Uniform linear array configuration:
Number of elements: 24
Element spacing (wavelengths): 1
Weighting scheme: blackman
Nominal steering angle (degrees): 45
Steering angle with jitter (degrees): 43.58
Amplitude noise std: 0.05
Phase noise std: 0.05

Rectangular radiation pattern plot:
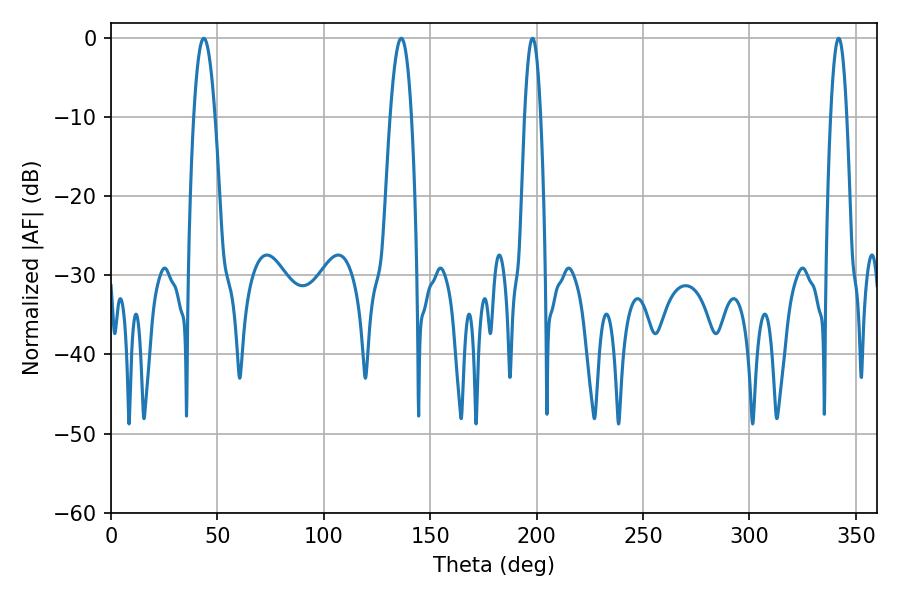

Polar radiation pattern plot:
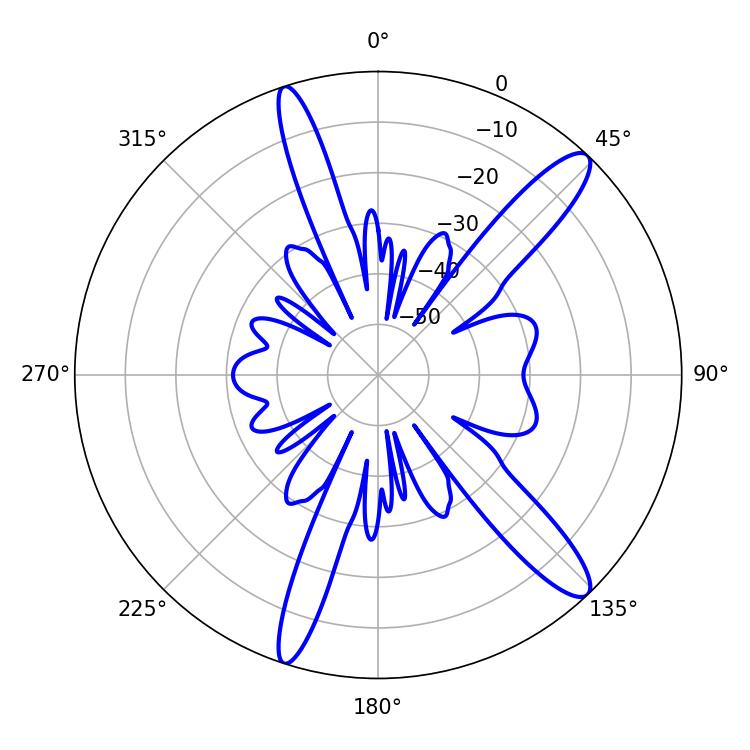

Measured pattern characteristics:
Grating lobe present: TRUE
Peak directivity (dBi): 13.215
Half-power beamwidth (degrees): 5.58
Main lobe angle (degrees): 43.56